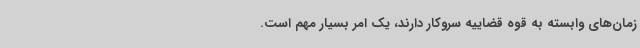
زمان‌های وابسته به قوه قضاییه سروکار دارند، یک امر بسیار مهم است.